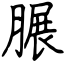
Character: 𦟌